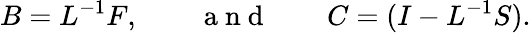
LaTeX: B=L^{-1}F,\qquad\mathrm{~a~n~d~}\qquad C=(I-L^{-1}S).